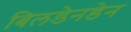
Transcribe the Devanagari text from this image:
बिलडेनडेन